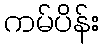
ကမ်ပိန်း